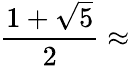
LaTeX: {\frac{1+{\sqrt{5}}}{2}}\approx